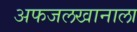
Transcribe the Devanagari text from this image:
अफजलखानाला